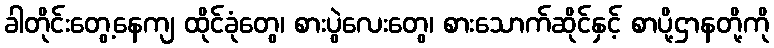
ခါတိုင်းတွေ့နေကျ ထိုင်ခုံတွေ၊ စားပွဲလေးတွေ၊ စားသောက်ဆိုင်နှင့် စာပို့ဌာနတို့ကို